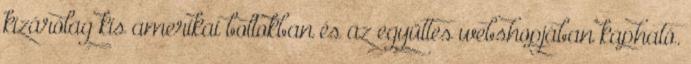
kizárólag kis amerikai boltokban és az együttes webshopjában kapható.